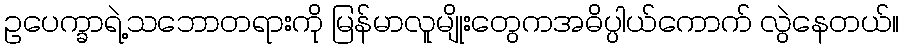
ဥပေက္ခာရဲ့သဘောတရားကို မြန်မာလူမျိုးတွေကအဓိပ္ပါယ်ကောက် လွဲနေတယ်။